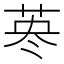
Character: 𦰈